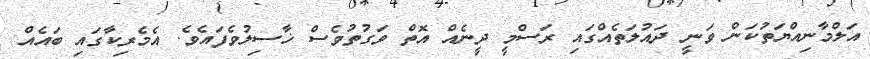
އަލްމާނިއްޔަތުކަން ވަނީ ދައުލަތެއްގައި ރަސްމީ ދީނެއް އޮތް ވަގުތުވެސް ޚާސިލުވެފައެވެ. އެމެރިކާގައި ބައެއް